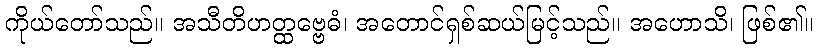
ကိုယ်တော်သည်။ အသီတိဟတ္ထဗ္ဗေဓံ၊ အတောင်ရှစ်ဆယ်မြင့်သည်။ အဟောသိ၊ ဖြစ်၏။